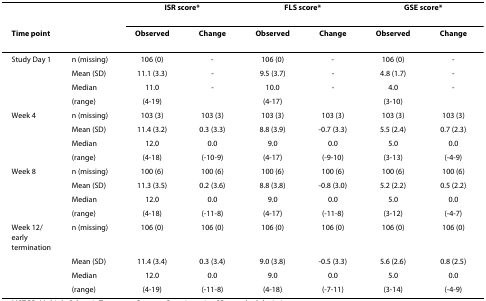
<table><thead><tr><td></td><td></td><td colspan="2"><b>ISR score*</b></td><td colspan="2"><b>FLS score*</b></td><td colspan="2"><b>GSE score*</b></td></tr><tr><td><b>Time point</b></td><td></td><td><b>Observed</b></td><td><b>Change</b></td><td><b>Observed</b></td><td><b>Change</b></td><td><b>Observed</b></td><td><b>Change</b></td></tr></thead><tbody><tr><td>Study Day 1</td><td>n (missing)</td><td>106 (0)</td><td>-</td><td>106 (0)</td><td>-</td><td>106 (0)</td><td>-</td></tr><tr><td></td><td>Mean (SD)</td><td>11.1 (3.3)</td><td>-</td><td>9.5 (3.7)</td><td>-</td><td>4.8 (1.7)</td><td>-</td></tr><tr><td></td><td>Median</td><td>11.0</td><td>-</td><td>10.0</td><td>-</td><td>4.0</td><td>-</td></tr><tr><td></td><td>(range)</td><td>(4-19)</td><td></td><td>(4-17)</td><td></td><td>(3-10)</td><td></td></tr><tr><td>Week 4</td><td>n (missing)</td><td>103 (3)</td><td>103 (3)</td><td>103 (3)</td><td>103 (3)</td><td>103 (3)</td><td>103 (3)</td></tr><tr><td></td><td>Mean (SD)</td><td>11.4 (3.2)</td><td>0.3 (3.3)</td><td>8.8 (3.9)</td><td>-0.7 (3.3)</td><td>5.5 (2.4)</td><td>0.7 (2.3)</td></tr><tr><td></td><td>Median</td><td>12.0</td><td>0.0</td><td>9.0</td><td>0.0</td><td>5.0</td><td>0.0</td></tr><tr><td></td><td>(range)</td><td>(4-18)</td><td>(-10-9)</td><td>(4-17)</td><td>(-9-10)</td><td>(3-13)</td><td>(-4-9)</td></tr><tr><td>Week 8</td><td>n (missing)</td><td>100 (6)</td><td>100 (6)</td><td>100 (6)</td><td>100 (6)</td><td>100 (6)</td><td>100 (6)</td></tr><tr><td></td><td>Mean (SD)</td><td>11.3 (3.5)</td><td>0.2 (3.6)</td><td>8.8 (3.8)</td><td>-0.8 (3.0)</td><td>5.2 (2.2)</td><td>0.5 (2.2)</td></tr><tr><td></td><td>Median</td><td>12.0</td><td>0.0</td><td>9.0</td><td>0.0</td><td>5.0</td><td>0.0</td></tr><tr><td></td><td>(range)</td><td>(4-18)</td><td>(-11-8)</td><td>(4-17)</td><td>(-11-8)</td><td>(3-12)</td><td>(-4-7)</td></tr><tr><td>Week 12/early termination</td><td>n (missing)</td><td>106 (0)</td><td>106 (0)</td><td>106 (0)</td><td>106 (0)</td><td>106 (0)</td><td>106 (0)</td></tr><tr><td></td><td>Mean (SD)</td><td>11.4 (3.4)</td><td>0.3 (3.4)</td><td>9.0 (3.8)</td><td>-0.5 (3.3)</td><td>5.6 (2.6)</td><td>0.8 (2.5)</td></tr><tr><td></td><td>Median</td><td>12.0</td><td>0.0</td><td>9.0</td><td>0.0</td><td>5.0</td><td>0.0</td></tr><tr><td></td><td>(range)</td><td>(4-19)</td><td>(-11-8)</td><td>(4-18)</td><td>(-7-11)</td><td>(3-14)</td><td>(-4-9)</td></tr></tbody></table>